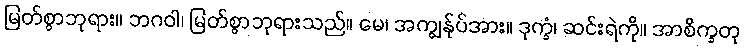
မြတ်စွာဘုရား။ ဘဂဝါ၊ မြတ်စွာဘုရားသည်။ မေ၊ အကျွန်ုပ်အား။ ဒုက္ခံ၊ ဆင်းရဲကို။ အာစိက္ခတု